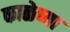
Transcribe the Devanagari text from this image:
काळेच्या